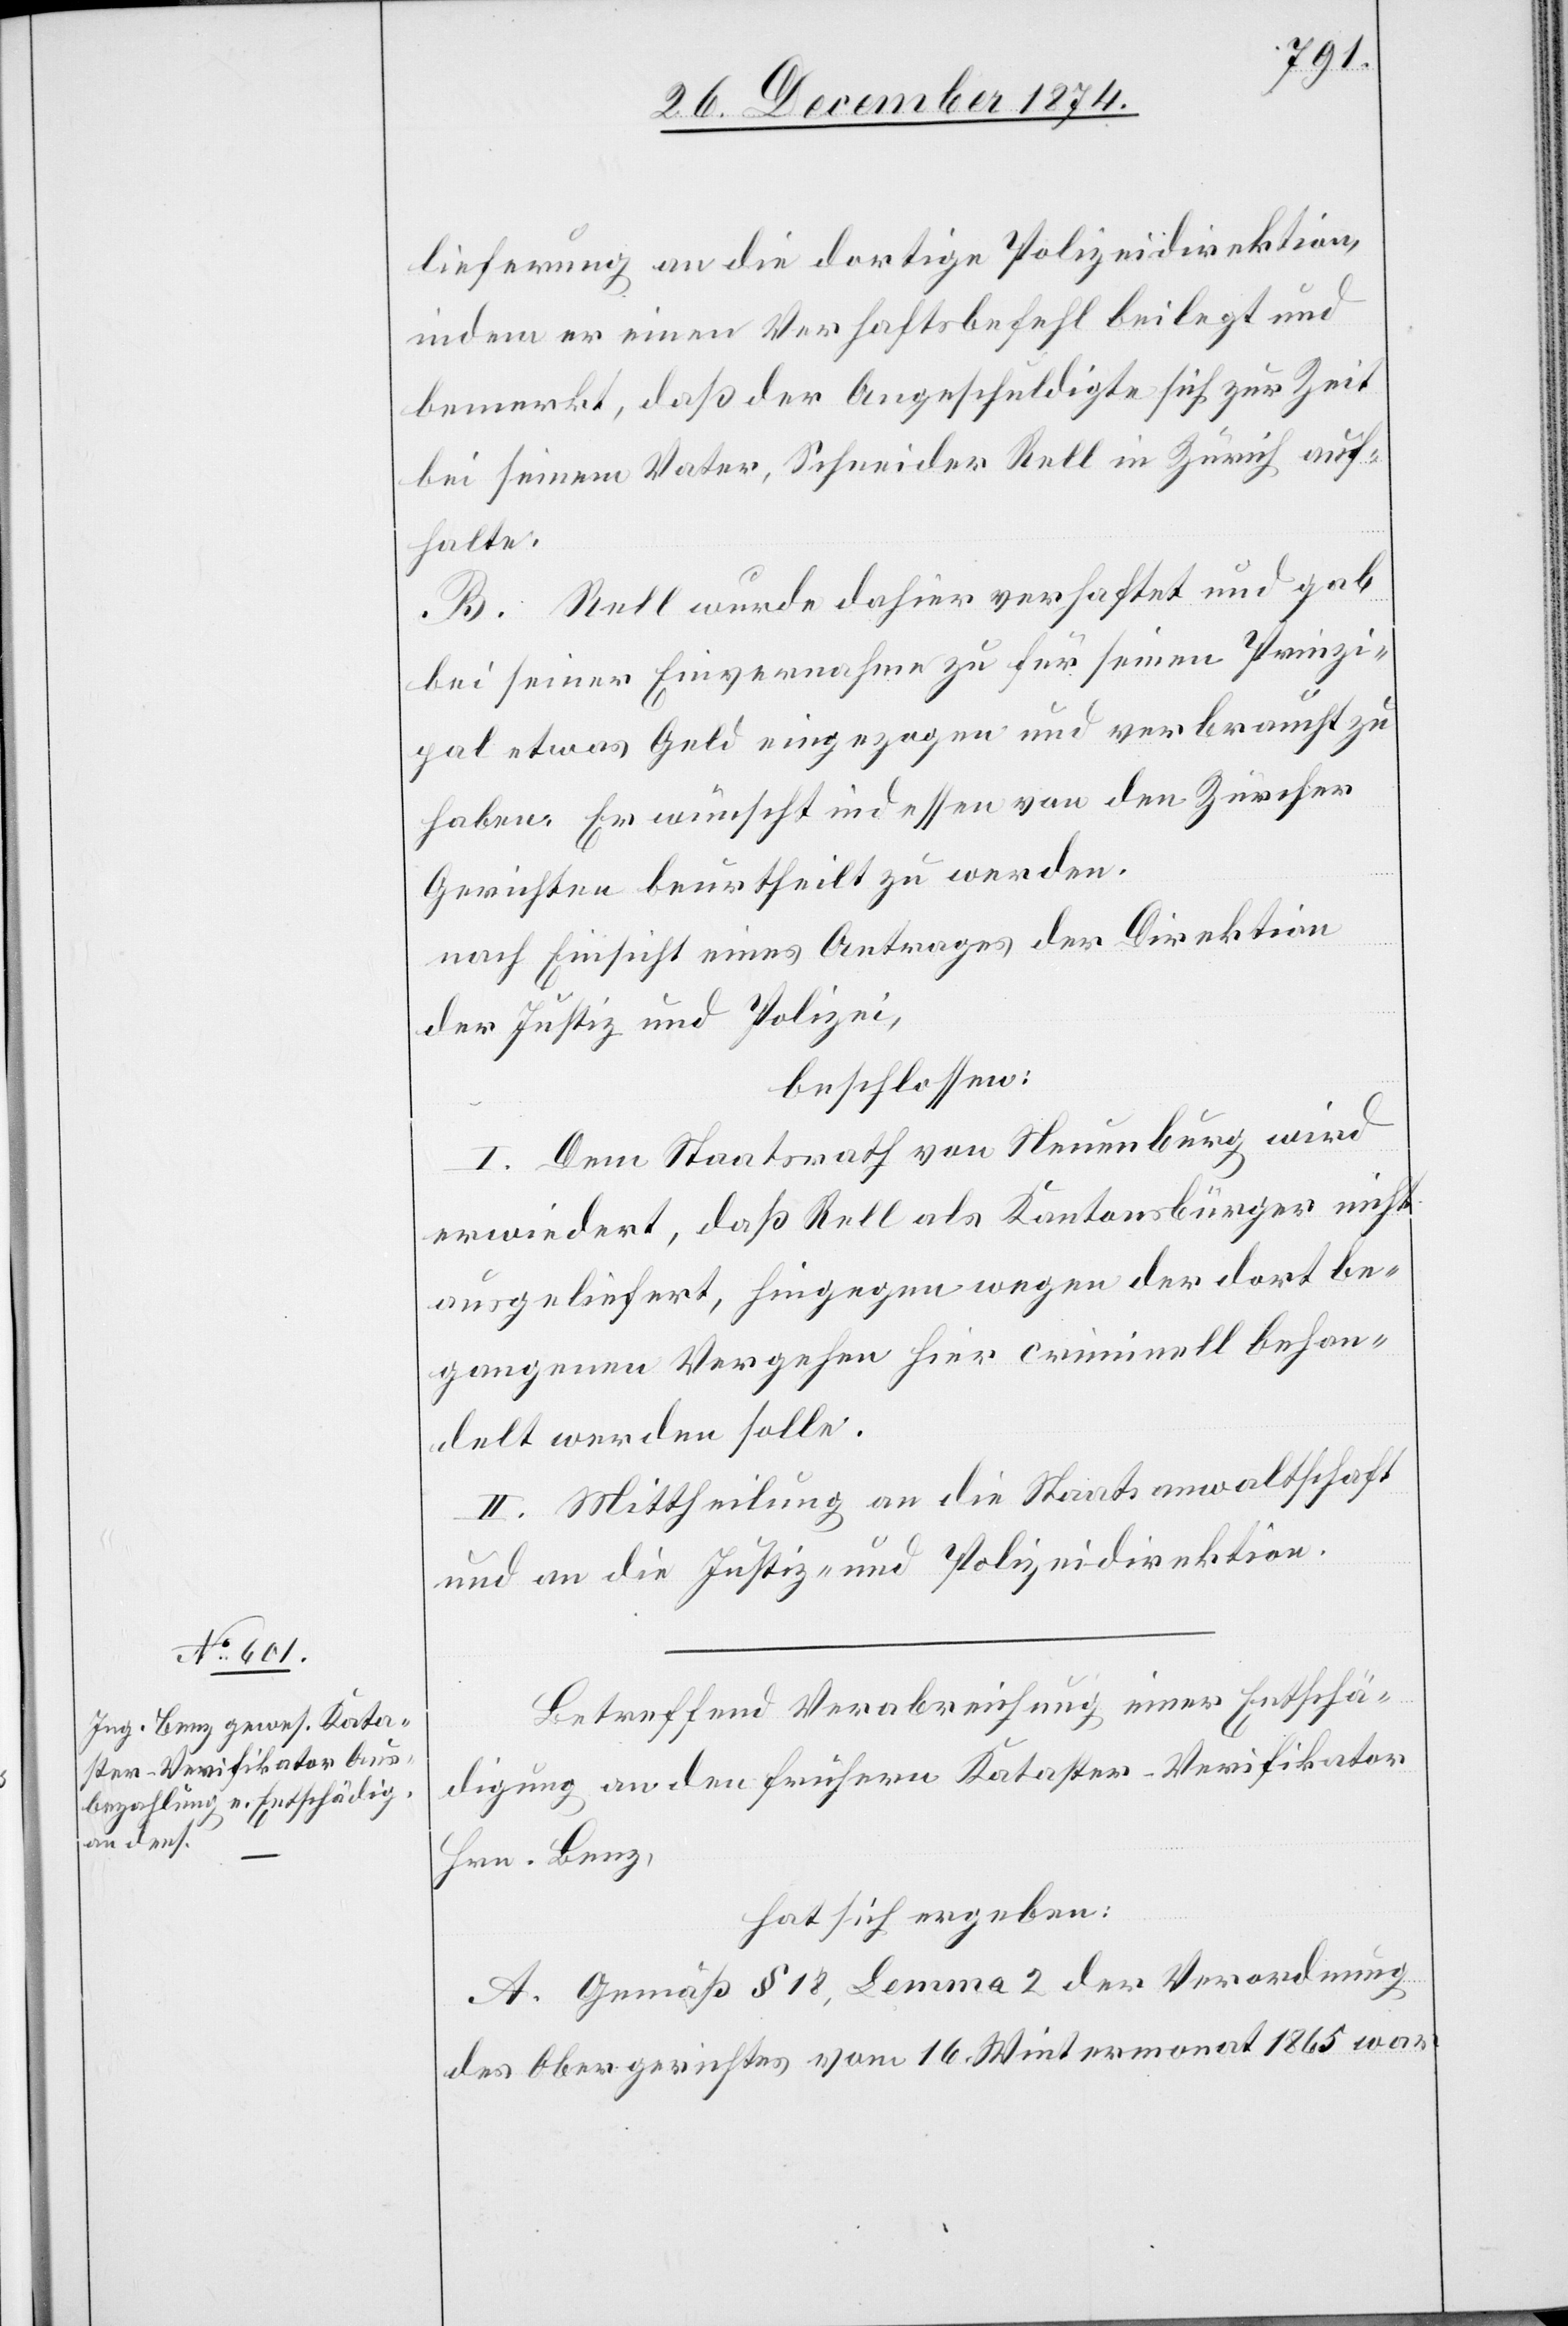
lieferung an die dortige Polizeidirektion,
indem er einen Verhaftsbefehl beilegt und
bemerkt, daß der Angeschuldigte sich zur Zeit
bei seinem Vater, Schneider Rell in Zürich auf¬
halte.
B. Rell wurde dahier verhaftet und gab
bei seiner Einvernahme zu für seinen Prinzi¬
pal etwas Geld eingezogen und verbraucht zu
haben. Er wünscht indessen von den Zürcher
Gerichten beurtheilt zu werden.
nach Einsicht eines Antrages der Direktion
der Justiz und Polizei,
beschlossen:
I. Dem Staatsrath von Neuenburg wird
erwiedert, daß Rell als Kantonsbürger nicht
ausgeliefert, hingegen wegen der dort be¬
gangenen Vergehen hier criminell behan¬
delt werden solle.
II. Mittheilung an die Staatsanwaltschaft
und an die Justiz- und Polizeidirektion.
Betreffend Verabreichung einer Entschä¬
digung an den frühern Kataster-Verifikator
Hrn. Benz,
hat sich ergeben:
A. Gemäß § 18, Lemma 2 der Verordnung
des Obergerichtes vom 16. Wintermonat 1865 war